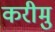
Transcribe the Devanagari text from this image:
करीमु